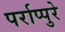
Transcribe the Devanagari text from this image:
पर्राप्पुरे